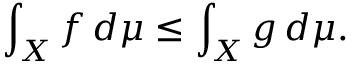
\int _ { X } f \, d \mu \leq \int _ { X } g \, d \mu .